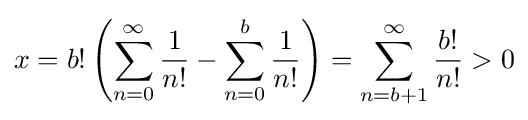
x=b!\left(\sum _{n=0}^{\infty }{\frac {1}{n!}}-\sum _{n=0}^{b}{\frac {1}{n!}}\right)=\sum _{n=b+1}^{\infty }{\frac {b!}{n!}}>0